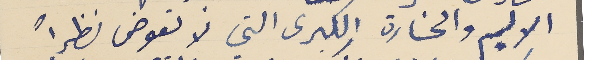
الاليم والخسارة الكبرى التي لا تعوض نظراً